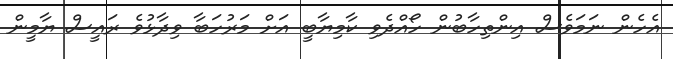
އެހެން ނަމަވެސް އިންތިހާބުން ހޯއްދެވި ކާމިޔާބީ އަށް މަރުހަބާ ވިދާޅުވެ ރައީސް ޔާމީން